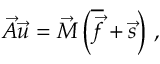
\vec { A } \vec { u } = \vec { M } \left( \overline { { \vec { f } } } + \vec { s } \right) \, ,